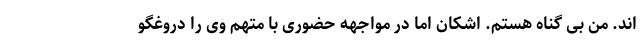
اند. من بی گناه هستم. اشکان اما در مواجهه حضوری با متهم وی را دروغگو